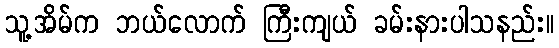
သူ့အိမ်က ဘယ်လောက် ကြီးကျယ် ခမ်းနားပါသနည်း။